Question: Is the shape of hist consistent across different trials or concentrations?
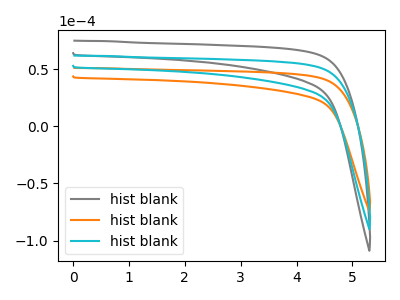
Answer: <think>The gray curve "hist blank1" has no peaks. The orange curve "hist blank2" has no peaks. The cyan curve "hist blank3" has no peaks.
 Neither "hist blank1" or "hist blank2" have any peaks. Neither "hist blank1" or "hist blank3" have any peaks. Neither "hist blank2" or "hist blank3" have any peaks.</think>
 <answer>All the CV's of "hist" have similar shape.</answer>
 <eval>follow_rule</eval>